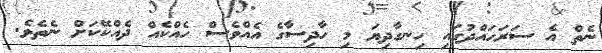
ނެތް އެ ސަރަހައްދުގައި ހިނގާދިޔަ މި ހާދިސާގެ އެއްވެސް ހެއްކެއް ދެއްކޭކަށް ނެތެވެ.